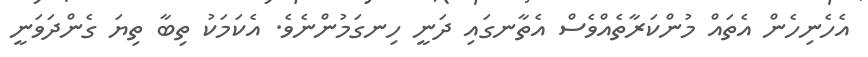
އެހެނިހެން އެތައް މުންކަރާތެއްވެސް އެތާނގައި ދަނީ ހިނގަމުންނެވެ. އެކަމަކު ތިބާ ތިޔަ ގެންދަވަނީ